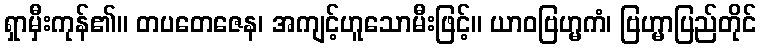
ရှာမှီးကုန်၏။ တပတေဇေန၊ အကျင့်ဟူသောမီးဖြင့်။ ယာဝဗြဟ္မကံ၊ ဗြဟ္မာပြည်တိုင်